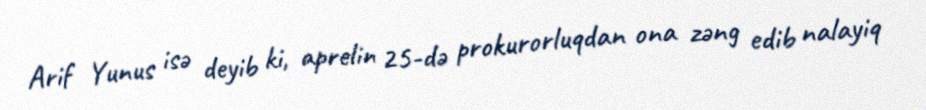
Arif Yunus isə deyib ki, aprelin 25-də prokurorluqdan ona zəng edib nalayiq